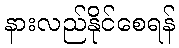
နားလည်နိုင်စေရန်